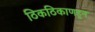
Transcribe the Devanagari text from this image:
ठिकठिकाणहून